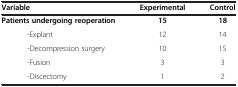
| Variable | Experimental | Control |
 | --- | --- | --- |
 | Patients undergoing reoperation | 15 | 18 |
 | -Explant | 12 | 14 |
 | -Decompression surgery | 10 | 15 |
 | -Fusion | 3 | 3 |
 | -Discectomy | 1 | 2 |